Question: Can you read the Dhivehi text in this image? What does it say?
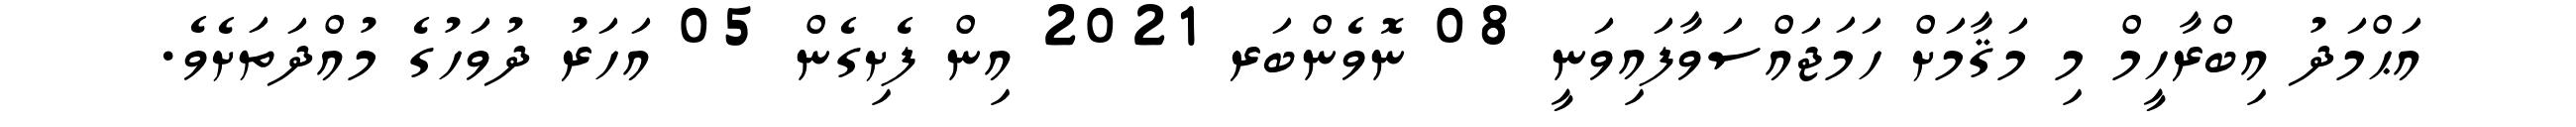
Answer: އަޙްމަދު އިބްރާހީމް މި މަޤާމަށް ހަމަޖައްސަވާފައިވަނީ 08 ނޮވެންބަރ 2021 އިން ފެށިގެން 05 އަހަރު ދުވަހުގެ މުއްދަތަށެވެ.